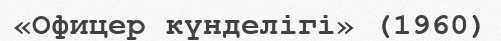
«Офицер күнделігі» (1960)